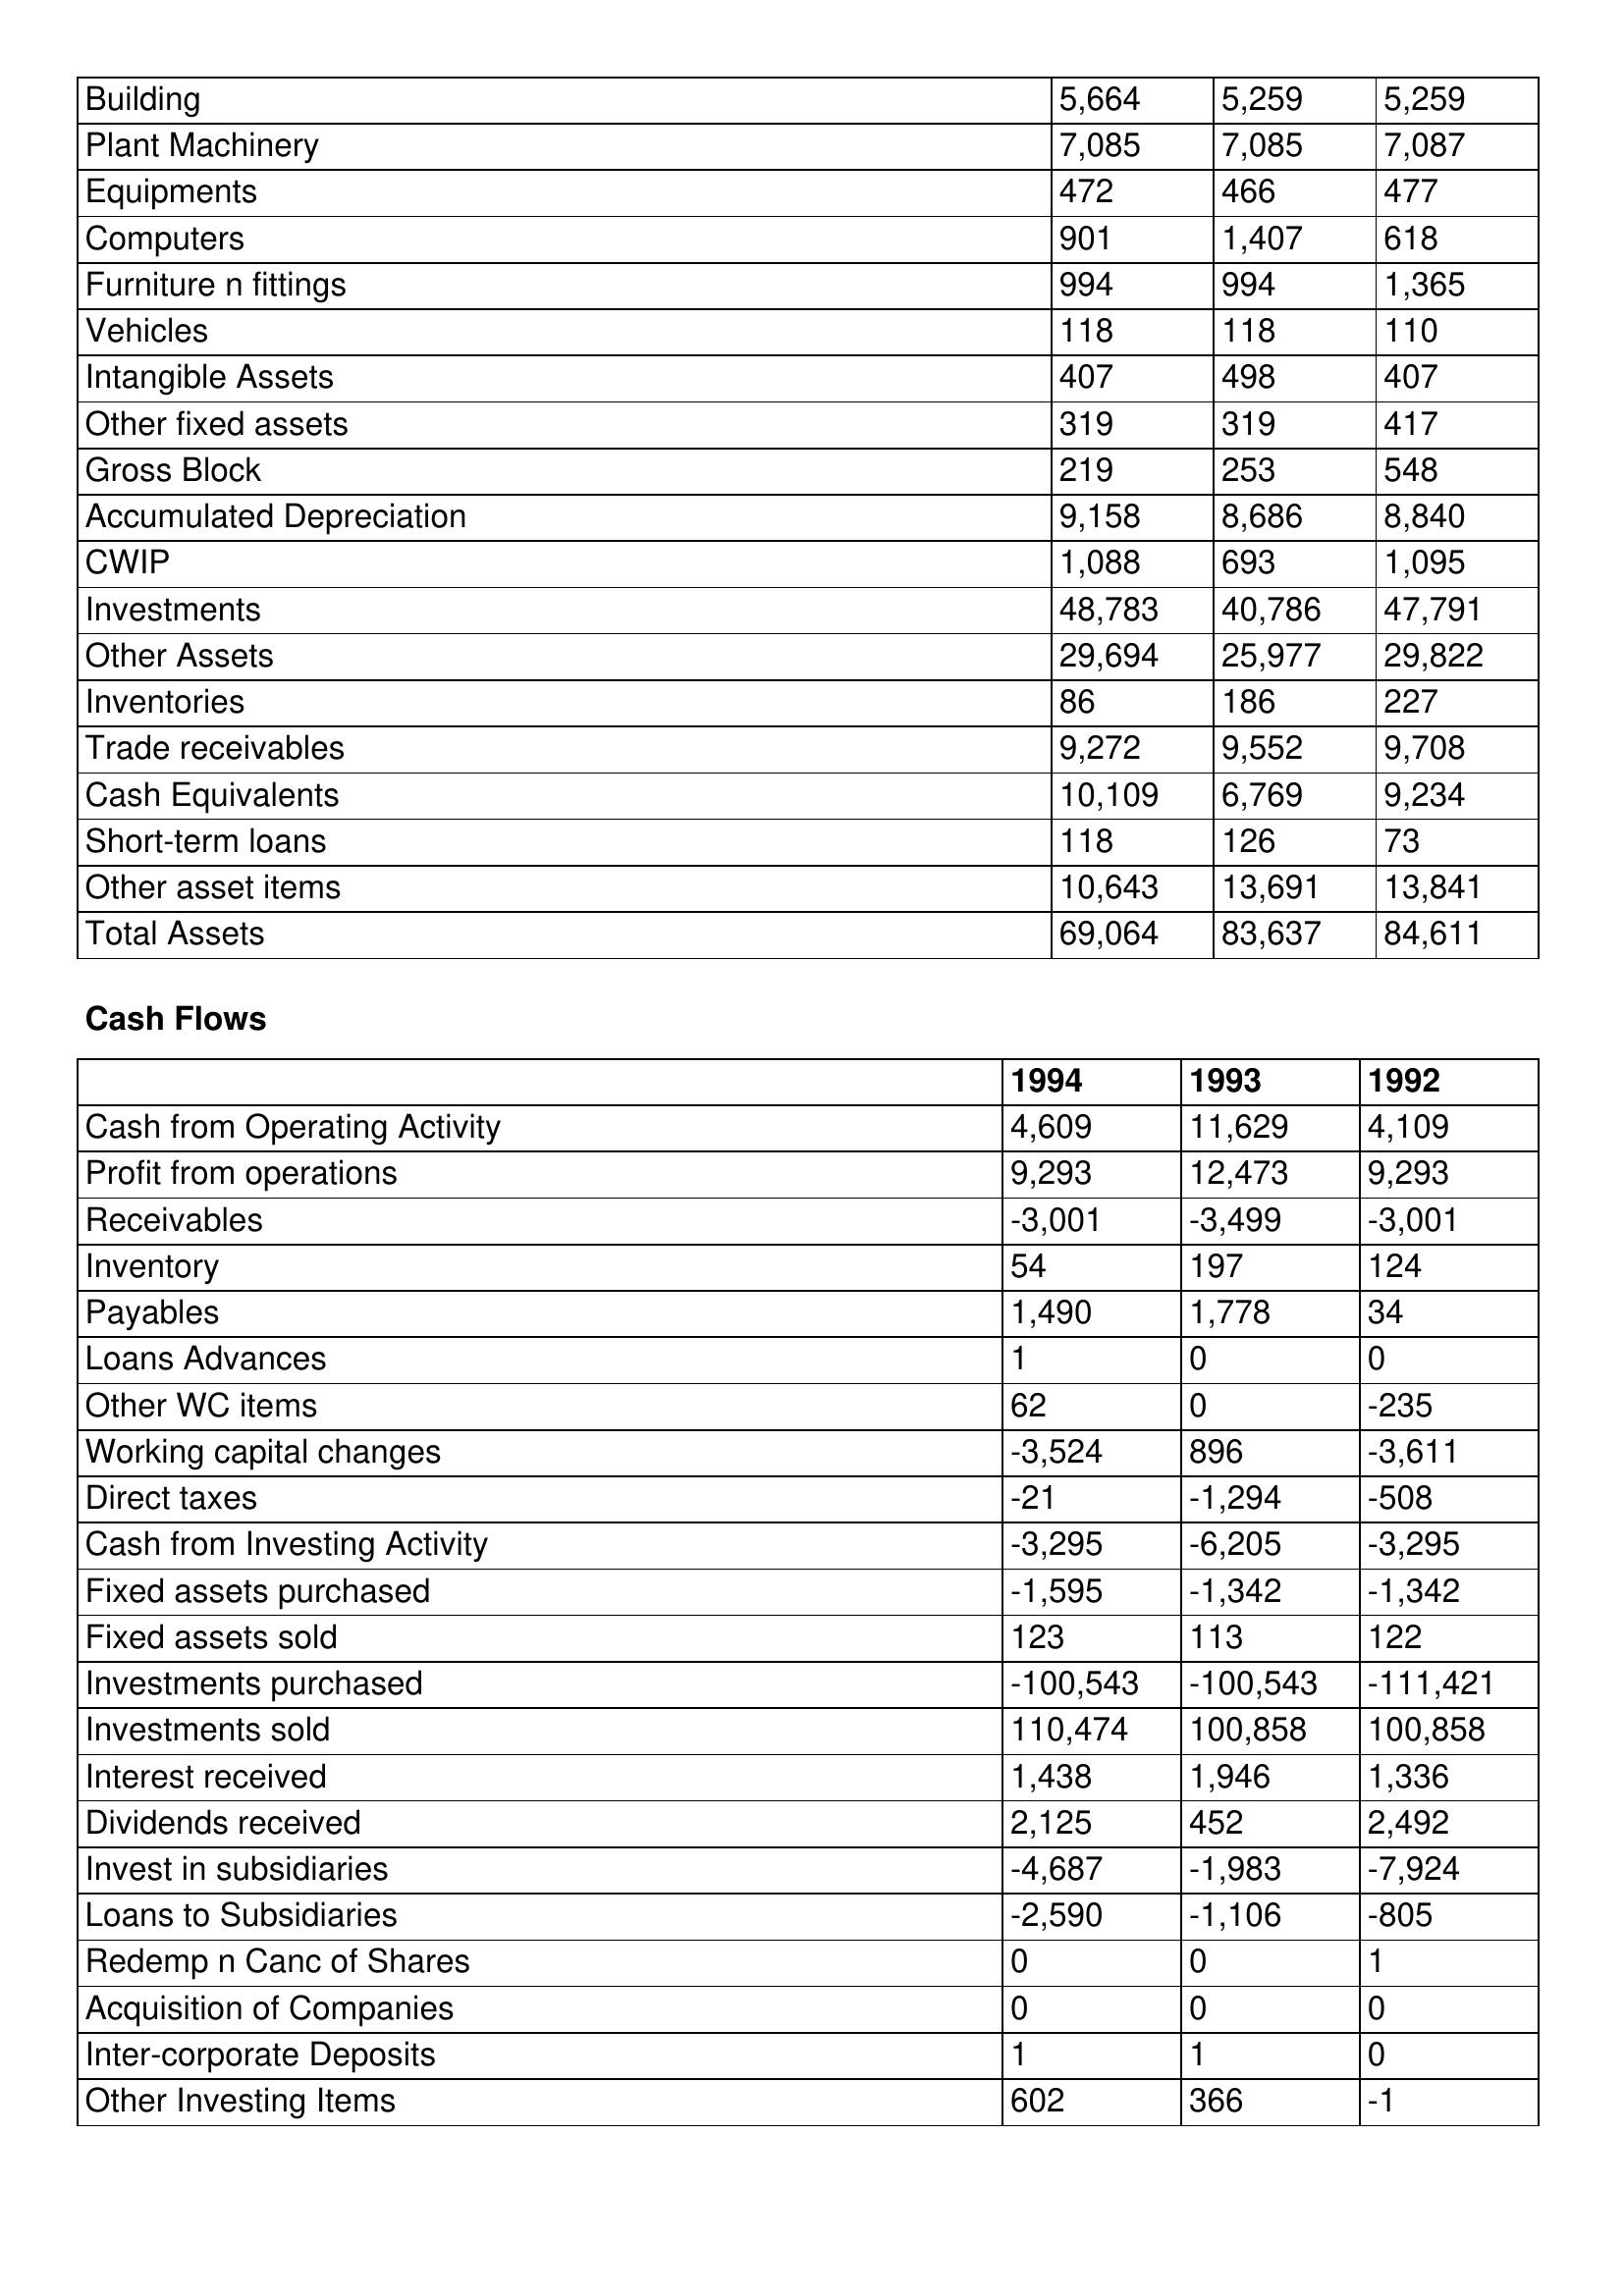
gt_parse: 1994: Balance Sheet: Building: 5,664
Plant Machinery: 7,085
Equipments: 472
Computers: 901
Furniture n fittings: 994
Vehicles: 118
Intangible Assets: 407
Other fixed assets: 319
Gross Block: 219
Accumulated Depreciation: 9,158
CWIP: 1,088
Investments: 48,783
Other Assets: 29,694
Inventories: 86
Trade receivables: 9,272
Cash Equivalents: 10,109
Short-term loans: 118
Other asset items: 10,643
Total Assets: 69,064
Cash Flows: Cash from Operating Activity: 4,609
Profit from operations: 9,293
Receivables: -3,001
Inventory: 54
Payables: 1,490
Loans Advances: 1
Other WC items: 62
Working capital changes: -3,524
Direct taxes: -21
Cash from Investing Activity: -3,295
Fixed assets purchased: -1,595
Fixed assets sold: 123
Investments purchased: -100,543
Investments sold: 110,474
Interest received: 1,438
Dividends received: 2,125
Invest in subsidiaries: -4,687
Loans to Subsidiaries: -2,590
Redemp n Canc of Shares: 0
Acquisition of Companies: 0
Inter-corporate Deposits: 1
Other Investing Items: 602
1993: Balance Sheet: Building: 5,259
Plant Machinery: 7,085
Equipments: 466
Computers: 1,407
Furniture n fittings: 994
Vehicles: 118
Intangible Assets: 498
Other fixed assets: 319
Gross Block: 253
Accumulated Depreciation: 8,686
CWIP: 693
Investments: 40,786
Other Assets: 25,977
Inventories: 186
Trade receivables: 9,552
Cash Equivalents: 6,769
Short-term loans: 126
Other asset items: 13,691
Total Assets: 83,637
Cash Flows: Cash from Operating Activity: 11,629
Profit from operations: 12,473
Receivables: -3,499
Inventory: 197
Payables: 1,778
Loans Advances: 0
Other WC items: 0
Working capital changes: 896
Direct taxes: -1,294
Cash from Investing Activity: -6,205
Fixed assets purchased: -1,342
Fixed assets sold: 113
Investments purchased: -100,543
Investments sold: 100,858
Interest received: 1,946
Dividends received: 452
Invest in subsidiaries: -1,983
Loans to Subsidiaries: -1,106
Redemp n Canc of Shares: 0
Acquisition of Companies: 0
Inter-corporate Deposits: 1
Other Investing Items: 366
1992: Balance Sheet: Building: 5,259
Plant Machinery: 7,087
Equipments: 477
Computers: 618
Furniture n fittings: 1,365
Vehicles: 110
Intangible Assets: 407
Other fixed assets: 417
Gross Block: 548
Accumulated Depreciation: 8,840
CWIP: 1,095
Investments: 47,791
Other Assets: 29,822
Inventories: 227
Trade receivables: 9,708
Cash Equivalents: 9,234
Short-term loans: 73
Other asset items: 13,841
Total Assets: 84,611
Cash Flows: Cash from Operating Activity: 4,109
Profit from operations: 9,293
Receivables: -3,001
Inventory: 124
Payables: 34
Loans Advances: 0
Other WC items: -235
Working capital changes: -3,611
Direct taxes: -508
Cash from Investing Activity: -3,295
Fixed assets purchased: -1,342
Fixed assets sold: 122
Investments purchased: -111,421
Investments sold: 100,858
Interest received: 1,336
Dividends received: 2,492
Invest in subsidiaries: -7,924
Loans to Subsidiaries: -805
Redemp n Canc of Shares: 1
Acquisition of Companies: 0
Inter-corporate Deposits: 0
Other Investing Items: -1